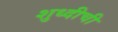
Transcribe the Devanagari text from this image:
शुध्दीची